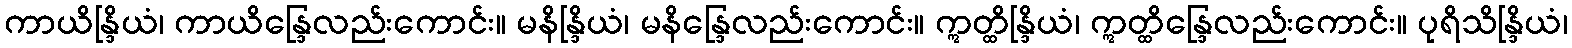
ကာယိန္ဒြိယံ၊ ကာယိန္ဒြေလည်းကောင်း။ မနိန္ဒြိယံ၊ မနိန္ဒြေလည်းကောင်း။ ဣတ္ထိန္ဒြိယံ၊ ဣတ္ထိန္ဒြေလည်းကောင်း။ ပုရိသိန္ဒြိယံ၊